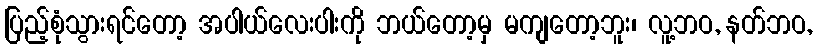
ပြည့်စုံသွားရင်တော့ အပါယ်လေးပါးကို ဘယ်တော့မှ မကျတော့ဘူး၊ လူ့ဘဝ, နတ်ဘဝ,